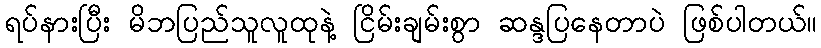
ရပ်နားပြီး မိဘပြည်သူလူထုနဲ့ ငြိမ်းချမ်းစွာ ဆန္ဒပြနေတာပဲ ဖြစ်ပါတယ်။